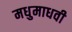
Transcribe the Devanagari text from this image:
मधुमाधवी